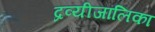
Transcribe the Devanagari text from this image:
द्रव्यीजालिका